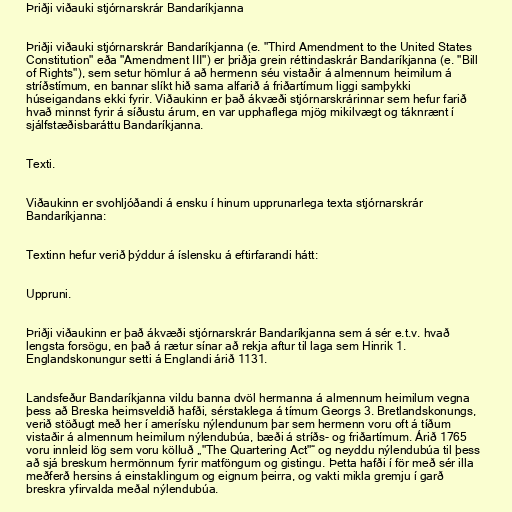
Þriðji viðauki stjórnarskrár Bandaríkjanna

Þriðji viðauki stjórnarskrár Bandaríkjanna (e. "Third Amendment to the United States
Constitution" eða "Amendment III") er þriðja grein réttindaskrár Bandaríkjanna (e. "Bill
of Rights"), sem setur hömlur á að hermenn séu vistaðir á almennum heimilum á
stríðstímum, en bannar slíkt hið sama alfarið á friðartímum liggi samþykki
húseigandans ekki fyrir. Viðaukinn er það ákvæði stjórnarskrárinnar sem hefur farið
hvað minnst fyrir á síðustu árum, en var upphaflega mjög mikilvægt og táknrænt í
sjálfstæðisbaráttu Bandaríkjanna.

Texti.

Viðaukinn er svohljóðandi á ensku í hinum upprunarlega texta stjórnarskrár
Bandaríkjanna:

Textinn hefur verið þýddur á íslensku á eftirfarandi hátt:

Uppruni.

Þriðji viðaukinn er það ákvæði stjórnarskrár Bandaríkjanna sem á sér e.t.v. hvað
lengsta forsögu, en það á rætur sínar að rekja aftur til laga sem Hinrik 1.
Englandskonungur setti á Englandi árið 1131.

Landsfeður Bandaríkjanna vildu banna dvöl hermanna á almennum heimilum vegna
þess að Breska heimsveldið hafði, sérstaklega á tímum Georgs 3. Bretlandskonungs,
verið stöðugt með her í amerísku nýlendunum þar sem hermenn voru oft á tíðum
vistaðir á almennum heimilum nýlendubúa, bæði á stríðs- og friðartímum. Árið 1765
voru innleid lög sem voru kölluð „"The Quartering Act"“ og neyddu nýlendubúa til þess
að sjá breskum hermönnum fyrir matföngum og gistingu. Þetta hafði í för með sér illa
meðferð hersins á einstaklingum og eignum þeirra, og vakti mikla gremju í garð
breskra yfirvalda meðal nýlendubúa.